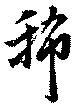
稀